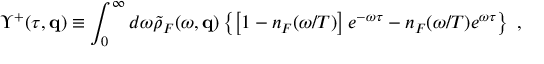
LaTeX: \Upsilon ^ { + } ( \tau , { \bf q } ) \equiv \int _ { 0 } ^ { \infty } d \omega { \tilde { \rho } } _ { F } ( \omega , { \bf q } ) \left\{ \left[ 1 - n _ { F } ( \omega / T ) \right] e ^ { - \omega \tau } - n _ { F } ( \omega / T ) e ^ { \omega \tau } \right\} \ ,